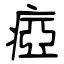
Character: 瘂